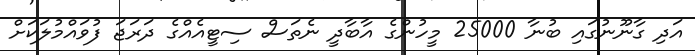
އަދި ގާނޫނުގައި ބުނާ 25000 މީހުންގެ އާބާދީ ނެތަސް ސިޓީއެއްގެ ދަރަޖަ ފުވައްމުލަކަށް